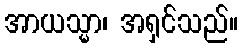
အာယသ္မာ၊ အရှင်သည်။